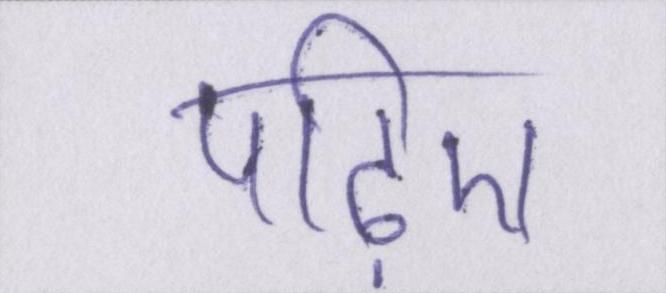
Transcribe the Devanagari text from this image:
पढ़िए